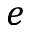
e